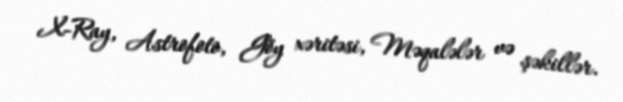
X-Ray, Astrofoto, Göy xəritəsi, Məqalələr və şəkillər.